Mental hospitals Bombay report 1921-28 - 1921-1928
Year: 1921
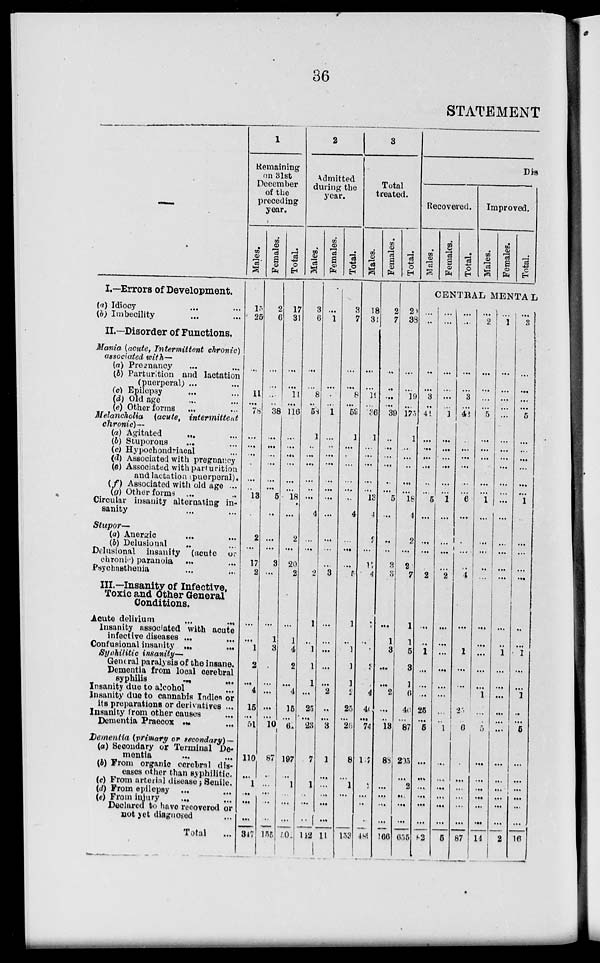
36
STATEMENT
—–
I.—Errors of Development.
(a) Idiocy ... ...
(b) Imbecility... ...
II.—Disorder of Functions.
Mania (acute, Intermittent chronic)
associated with—
(a) Pregnancy ... ...
(b) Parturition and lactation
(puerperal) ... ...
(c) Epilepsy ... ...
(d) Old age ... ...
(e) Other forms ... ...
Melancholia
(acute,
intermittent
chronic)—
(a) Agitated ... ...
(b) Stuporous ... ...
(c) Hypochondriacal ...
(d) Associated with pregnancy
(e) Associated with parturition
and lactation (puerperal).
(f) Associated with old age ...
(g) Other forms ... ...
Circular insanity alternating in-
sanity ... ...
Stupor—
(a) Anergic ... ...
(b) Delusional ... ...
Delusional insanity (acute or
chronic) paranoia ... ...
Psychasthenia ... ...
III.—Insanity of Infective,
Toxic and Other General
Conditions.
Acute delilium
...
...
Insanity associated with acute
infective diseases ... ...
Confusional insanity... ...
Syphilitic insanity—
General paralysis of the insane.
Dementia from local cerebral
syphilis
...
...
Insanity due to alcohol... ...
Insanity due to cannabis Indica or
its preparations or derivatives ...
Insanity from other causes...
Dementia Praecox... ...
Dementia (primary or secondary) —
(a) Secondary or Terminal De-
mentia... ...
(ft) From organic cerebral dis-
-ases other than syphilitic.
(c) From arterial disease; Senile.
(d) Prom epilepsy ... ...
(e) From injury ... ...
Declared to have recovered or
not yet diagnosed ...
Total ...
1
Remaining
on 31st
December
of the
preceding
year.
Males.
15
25
...
...
11
...
78
...
...
...
...
...
...
13
...
2
...
17
2
...
...
1
2
...
4
15
...
51
110
...
1
...
...
...
347
Females.
2
6
...
...
...
...
38
...
...
...
...
...
...
5
...
...
...
3
...
...
1
3
...
...
...
...
10
87
...
...
...
...
...
135
Total.
17
31
...
...
11
...
116
...
...
...
...
...
...
18
...
2
...
20
2
...
1
4
2
...
4
15
...
61
197
...
1
...
...
...
50
2
Admitted
during the
year.
Males.
3
6
...
...
8
...
58
1
..
...
...
...
...
...
4
...
...
...
2
1
...
1
1
1
...
25
...
23
7
...
1
...
...
...
142
Females.
...
1
...
...
...
...
1
...
...
...
...
...
...
...
...
...
...
...
3
...
...
...
...
...
2
...
...
3
1
...
...
...
...
...
11
Total.
3
7
...
...
8
...
59
1
...
...
...
...
...
...
4
...
...
...
5
1
...
1
1
1
2
25
...
26
8
...
1
...
...
...
153
3
Total
treated.
Males.
18
31
...
...
19
...
36
1
...
...
...
...
...
13
4
2
.. .
17
4
1
...
...
3
1
4
40
...
74
127
...
2
...
...
...
489
Females.
2
7
...
...
...
...
39
...
...
...
...
...
...
5
...
...
...
3
3
...
1
3
...
...
2
...
..
13
88
...
...
...
...
...
166
Total.
20
38
...
...
19
...
173
1
...
...
...
...
...
18
4
2
...
20
7
1
1
5
3
1
6
40
...
87
205
...
2
...
...
...
655
Dis
Recovered.
Males.
Females.
Total.
Improved.
Males.
Females.
Total.
CENTRAL MENTAL
...
...
...
...
3
...
41
...
...
...
...
...
5
...
...
...
...
2
...
...
1
...
...
...
25
...
5
...
...
...
...
...
...
82
...
...
...
...
...
...
1
...
...
...
...
...
...
1
...
...
...
...
2
...
...
...
...
...
...
...
...
1
...
...
...
...
...
...
5
...
...
...
...
3
...
42
...
...
...
...
...
...
6
...
...
...
...
4
...
...
1
...
...
...
25
...
6
...
...
...
...
...
...
87
...
2
...
...
...
...
5
...
...
...
...
...
...
1
...
...
...
...
...
...
...
...
...
...
1
...
...
5
...
...
...
...
...
...
14
...
1
...
...
...
...
...
...
...
...
...
...
...
...
...
...
...
...
...
...
...
1
...
...
...
...
...
...
...
...
...
...
...
...
2
...
3
...
...
...
...
5
...
...
...
...
...
...
1
...
...
...
...
...
...
1
...
...
1
..
...
5
...
...
...
...
...
...
16